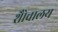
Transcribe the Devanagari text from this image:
शैोचालय